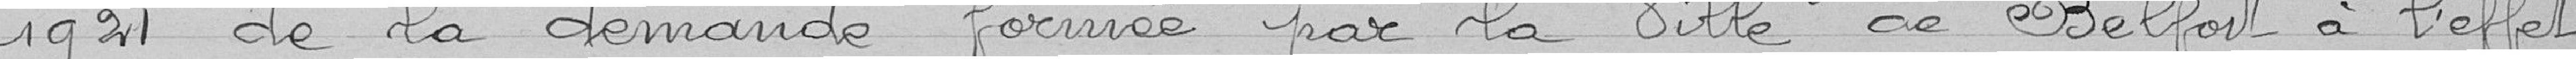
1921 de la demande formée par la Ville de Belfort à l'effet